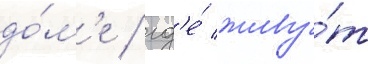
до́м'е / гд'е́ живу́т